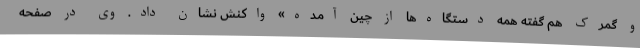
و گمرک هم گفته همه دستگاه‌ها از چین آمده» واکنش نشان داد. وی در صفحه